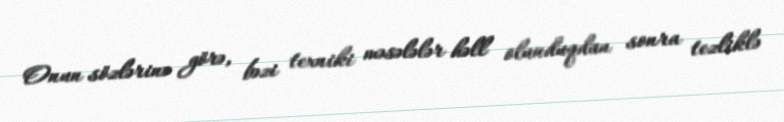
Onun sözlərinə görə, bəzi texniki məsələlər həll olunduqdan sonra tezliklə